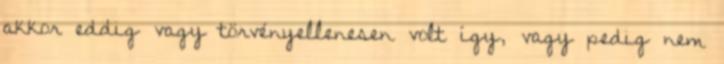
akkor eddig vagy törvényellenesen volt így, vagy pedig nem